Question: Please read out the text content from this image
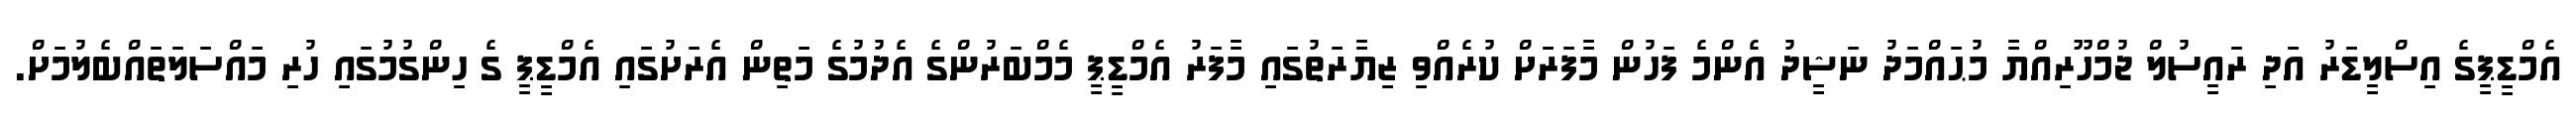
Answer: އެމްޑީޕީގެ އިސްލީޑަރު އަދި ރައީސުލް ޖުމްހޫރިއްޔާ މުޙައްމަދު ނަޝީދު އެންމެ ފަހުން މާފަރަށް ކުރެއްވި ޒިޔާރަތުގައި މާފަރު އެމްޑީޕީ މެމްބަރުންގެ އެދުމުގެ މަތިން އެރަށުގައި އެމްޑީޕީ ގެ ހިންގުމުގައި ހުރި މައްސަލަތައްބެލުމަށް.